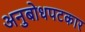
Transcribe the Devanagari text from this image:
अनुबोधपटकार